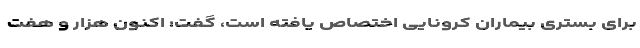
برای بستری بیماران کرونایی اختصاص یافته است، گفت: اکنون هزار و هفت